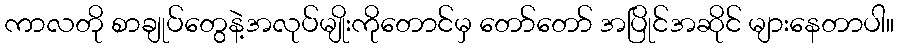
ကာလတို စာချုပ်တွေနဲ့အလုပ်မျိုးကိုတောင်မှ တော်တော် အပြိုင်အဆိုင် များနေတာပါ။